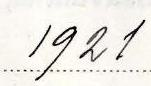
1921